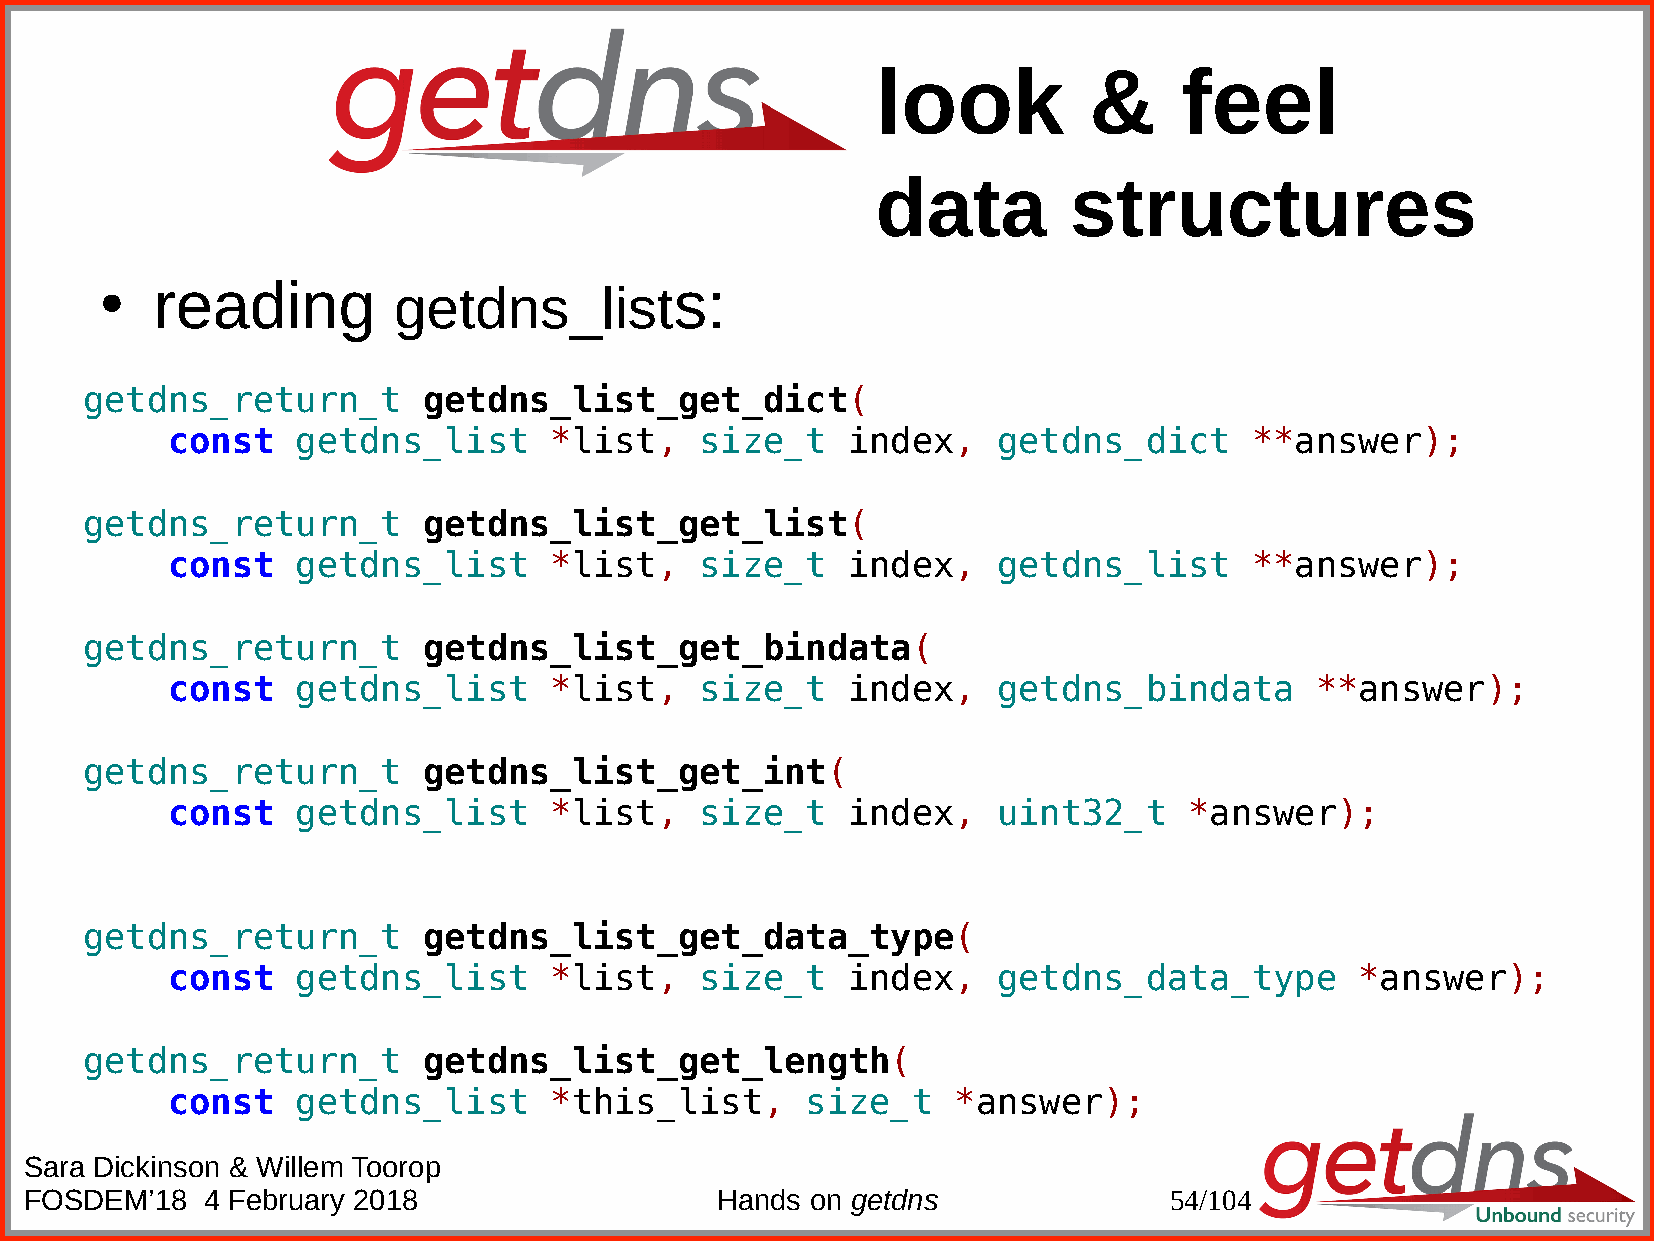
look          &     feel
 data         structures
 reading                            s:
 getdns_list
 ●
 getdns_return_t        getdns_list_get_dict(
 const    getdns_list     *list,    size_t    index,    getdns_dict      **answer);
 getdns_return_t        getdns_list_get_list(
 const    getdns_list     *list,    size_t    index,    getdns_list      **answer);
 getdns_return_t        getdns_list_get_bindata(
 const    getdns_list     *list,    size_t    index,    getdns_bindata       **answer);
 getdns_return_t        getdns_list_get_int(
 const    getdns_list     *list,    size_t    index,    uint32_t     *answer);
 getdns_return_t        getdns_list_get_data_type(
 const    getdns_list     *list,    size_t    index,    getdns_data_type        *answer);
 getdns_return_t        getdns_list_get_length(
 const    getdns_list     *this_list,      size_t    *answer);
 Sara Dickinson & Willem Toorop
 FOSDEM’18  4 February 2018                   Hands  on getdns              54/104